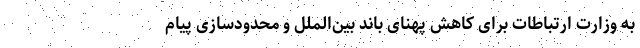
به وزارت ارتباطات برای کاهش پهنای باند بین‌الملل و محدودسازی پیام